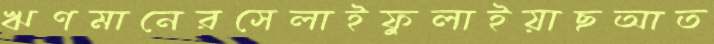
ঋণমানেরসেলাইফুলাইয়াছআত